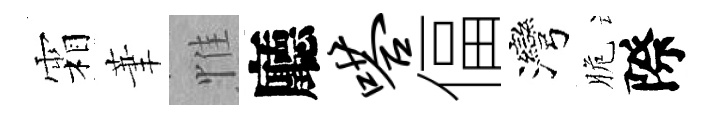
霜茟惟廳嗒偪灣脆際